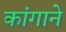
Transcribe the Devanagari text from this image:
कांगाने